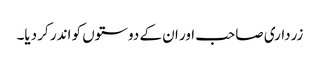
زرداری صاحب اور ان کے دوستوں کو اندر کر دیا۔